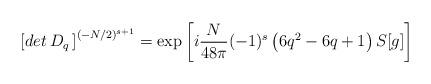
LaTeX: \begin{align*}\left[ det\, D_q\,\right]^{(-N/2)^{s+1}}=\exp\left[i {N\over 48\pi}(-1)^s \left(6q^2 -6q + 1\right)S[g]\right]\end{align*}